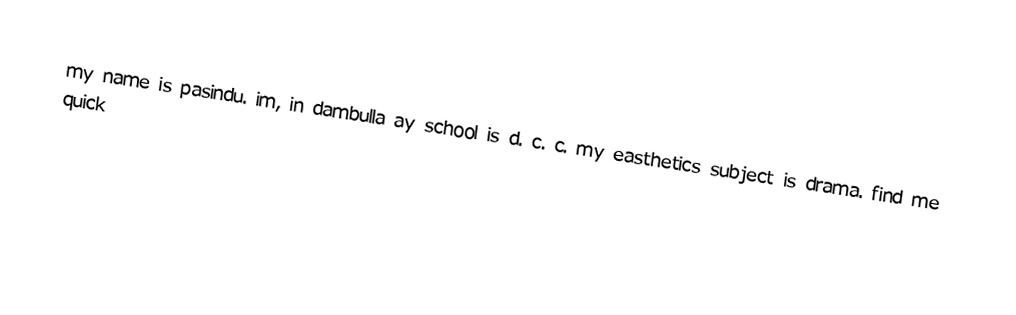
my name is  pasindu. im, in dambulla ay school is d. c. c. my easthetics subject is drama. find me quick